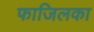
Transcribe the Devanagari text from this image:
फाजिलका